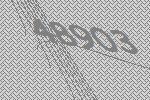
48903